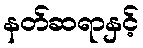
နတ်ဆရာနှင့်